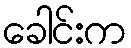
ခေါင်းက